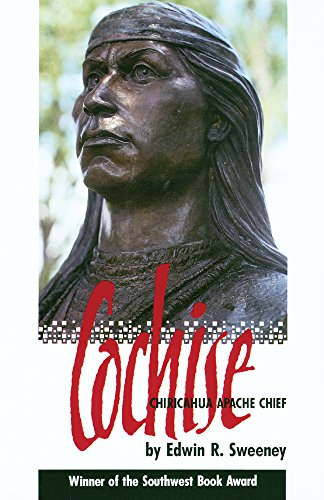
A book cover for Cochise: Chiricahua Apache Chief (The Civilization of the American Indian Series); Edwin R. Sweeney; Biographies & Memoirs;